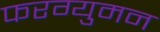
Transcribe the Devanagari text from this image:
फरग्युमन